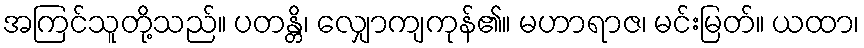
အကြင်သူတို့သည်။ ပတန္တိ၊ လျှောကျကုန်၏။ မဟာရာဇ၊ မင်းမြတ်။ ယထာ၊